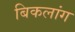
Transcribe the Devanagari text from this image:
बिकलांग